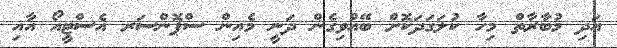
އަދި މުބާރާތް މިހާ ކުލަގަދަކޮށް ބޭއްވިގެން ދަނީ މެއިން ސްޕޮންސަރ އެސްޓީއޯ އާއި